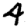
Digit: 4